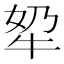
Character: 𪺫